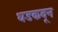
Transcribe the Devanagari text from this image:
धडकवून